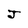
Character: J